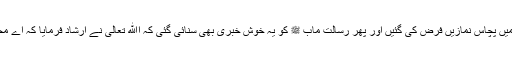
ابتداء میں پچاس نمازیں فرض کی گئیں اور پھر رسالت مآب ﷺ کو یہ خوش خبری بھی سنائی گئی کہ اﷲ تعالیٰ نے ارشاد فرمایا کہ اے محبوب!